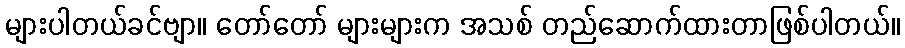
များပါတယ်ခင်ဗျာ။ တော်တော် များများက အသစ် တည်ဆောက်ထားတာဖြစ်ပါတယ်။